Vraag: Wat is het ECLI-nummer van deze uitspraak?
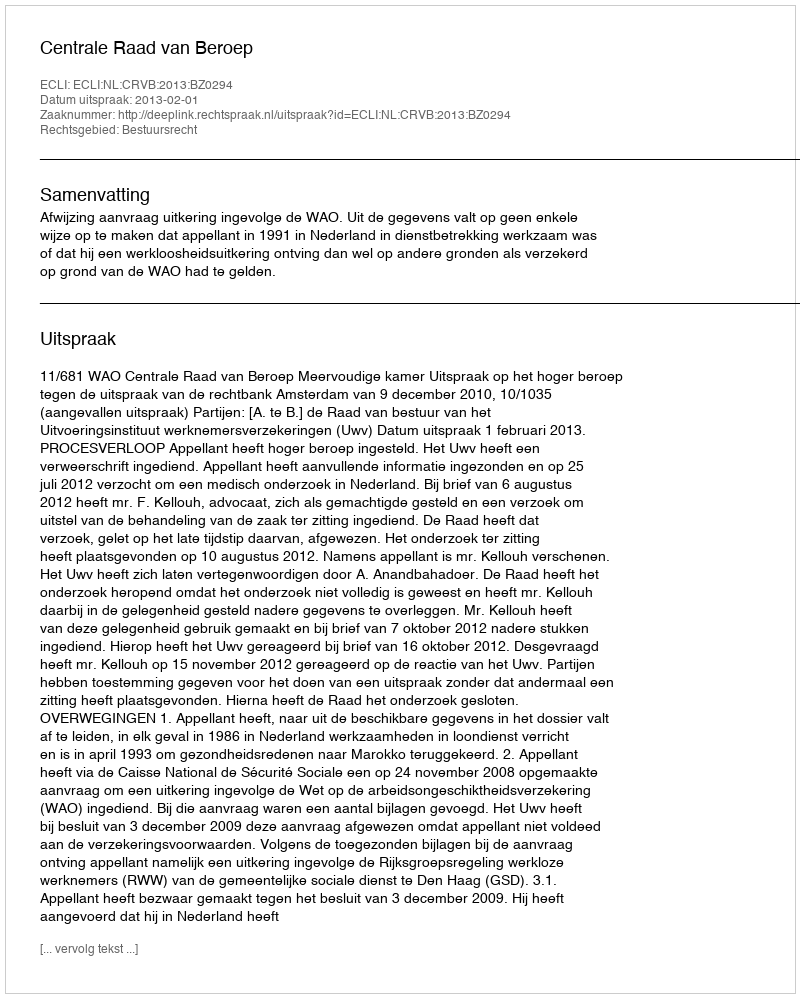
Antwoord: ECLI:NL:CRVB:2013:BZ0294